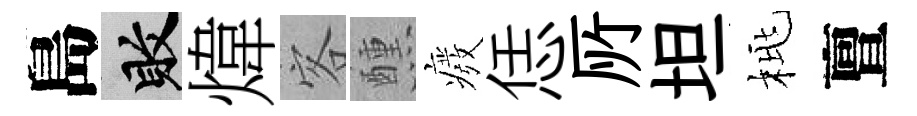
島敗煒客醺癈恁𠩄坦桃亶